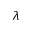
\lambda